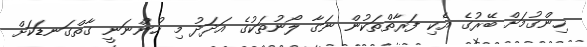
ހިންގުމަށް ބޭރުގެ އެކި ފަރާތްތަކުން ނަގާ ލޯނުތަކުގެ އަދަދު މި ހުންނަނީ ގާތްގަނޑަކަށް